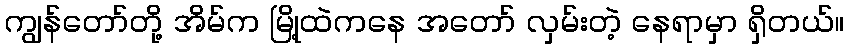
ကျွန်တော်တို့ အိမ်က မြို့ထဲကနေ အတော် လှမ်းတဲ့ နေရာမှာ ရှိတယ်။